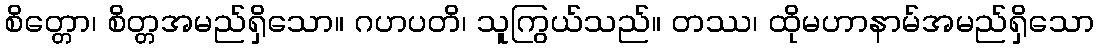
စိတ္တော၊ စိတ္တအမည်ရှိသော။ ဂဟပတိ၊ သူကြွယ်သည်။ တဿ၊ ထိုမဟာနာမ်အမည်ရှိသော